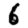
Digit: 6